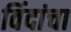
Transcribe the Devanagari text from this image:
विंदांचा